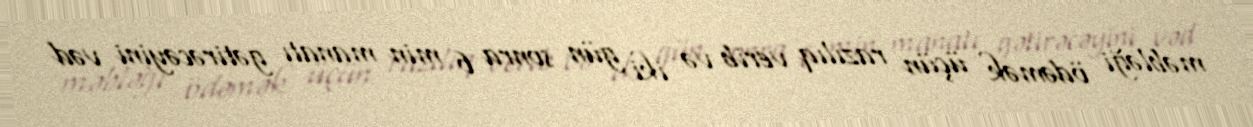
məbləği ödəmək üçün razılıq verib və iki gün sonra 6 min manatı gətirəcəyini vəd